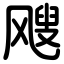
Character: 飕